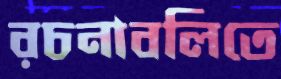
রচনাবলিতে